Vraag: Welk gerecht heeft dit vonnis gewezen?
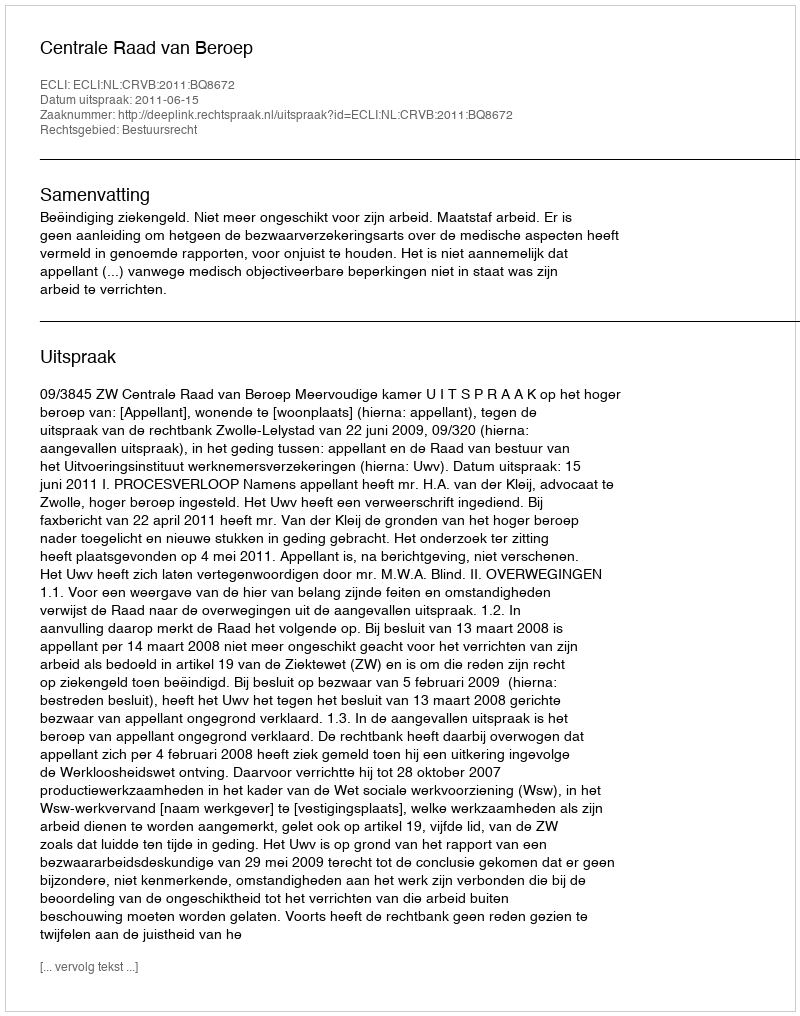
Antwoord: Centrale Raad van Beroep